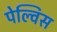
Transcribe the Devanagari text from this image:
पेल्विस